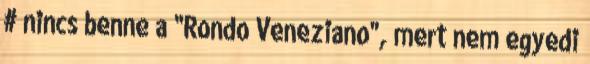
# nincs benne a "Rondo Veneziano", mert nem egyedi